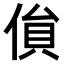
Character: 𠋏